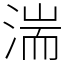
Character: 湍